Civil Veterinary Dept. Bombay admin report 1907-1913 - 1907-1913
Year: 1907
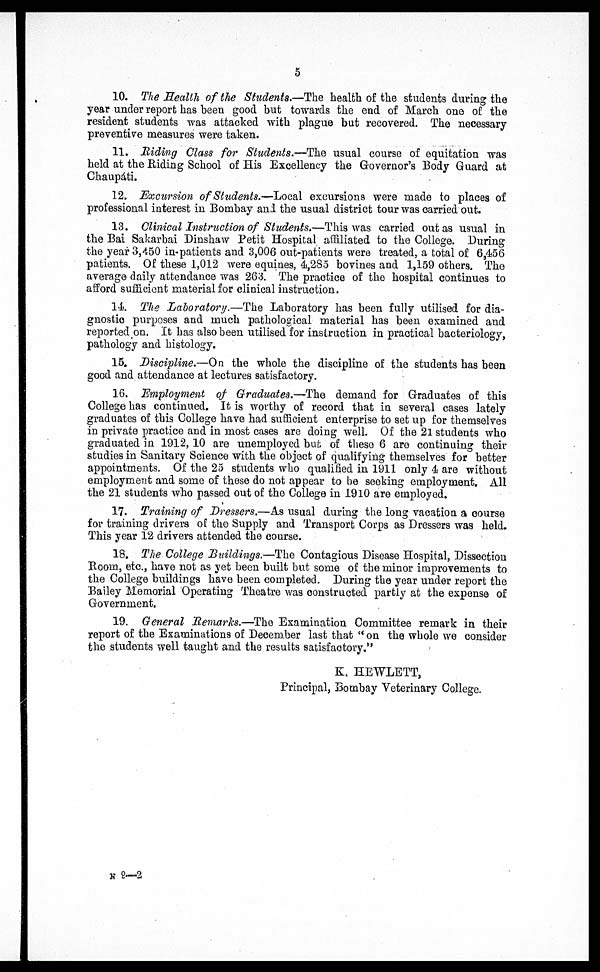
5
10. The Health of the Students.—The health of the students during the
year under report has been good but towards the end of March one of the
resident students was attacked with plague but recovered. The necessary
preventive measures were taken.
11. Riding Class for Students.—The usual course of equitation was
held at the Riding School of His Excellency the Governor's Body Guard at
Chaupáti.
12. Excursion of Students.—Local excursions were made to places of
professional interest in Bombay and the usual district tour was carried out.
13. Clinical Instruction of Students.—This was carried out as usual in
the Bai Sakarbai Dinshaw Petit Hospital affiliated to the College. During
the year 3,450 in-patients and 3,006 out-patients were treated, a total of 6,456
patients. Of these 1,012 were equines, 4,285 bovines and 1,159 others. The
average daily attendance was 263. The practice of the hospital continues to
afford sufficient material for clinical instruction.
14. The Laboratory.—The Laboratory has been fully utilised for dia-
gnostic purposes and much pathological material has been examined and
reported on. It has also been utilised for instruction in practical bacteriology,
pathology and histology.
15. Discipline.—On the whole the discipline of the students has been
good and attendance at lectures satisfactory.
16. Employment of Graduates.—The demand for Graduates of this
College has continued. It is worthy of record that in several cases lately
graduates of this College have had sufficient enterprise to set up for themselves
in private practice and in most cases are doing well. Of the 21 students who
graduated in 1912, 10 are unemployed but of these 6 are continuing their
studies in Sanitary Science with the object of qualifying themselves for better
appointments. Of the 25 students who qualified in 1911 only 4 are without
employment and some of these do not appear to be seeking employment. All
the 21 students who passed out of the College in 1910 are employed.
17. Training of Dressers.—As usual during the long vacation a course
for training drivers of the Supply and Transport Corps as Dressers was held.
This year 12 drivers attended the course.
18. The College Buildings.—The Contagious Disease Hospital, Dissection
Boom, etc., have not as yet been built but some of the minor improvements to
the College buildings have been completed. During the year under report the
Bailey Memorial Operating Theatre was constructed partly at the expense of
Government.
19. General Remarks.—The Examination Committee remark in their
report of the Examinations of December last that "on the whole we consider
the students well taught and the results satisfactory."
K. HEWLETT,
Principal, Bombay Veterinary College.
N 9—2